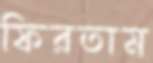
ফিরতাম